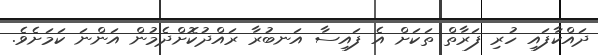
ދައްކާފައި ހުރި ފަރާތް ތަކަށް އެ ފައިސާ އަނބުރާ ރައްދުކޮށްދެމުން އަންނަ ކަމަށެވެ.